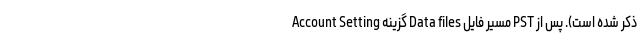
Account Setting گزینه Data files مسیر فایل PST ذکر شده است). پس از